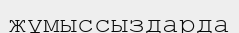
жұмыссыздарда